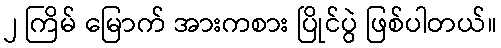
၂ ကြိမ် မြောက် အားကစား ပြိုင်ပွဲ ဖြစ်ပါတယ်။